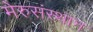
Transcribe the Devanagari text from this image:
मेरुसंस्थान